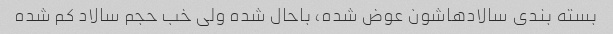
بسته بندی سالادهاشون عوض شده، باحال شده ولی خب حجم سالاد کم شده